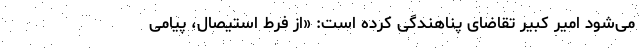
می‌شود امیر کبیر تقاضای پناهندگی کرده است: «از فرط استیصال، پیامی